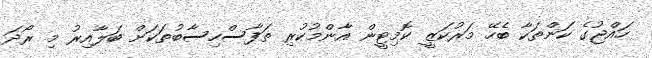
ހައްޖުގެ ކަންތަކާ ބެހޭ މަރުކަޒީ ކޮމިޓީން އާންމުކުރި ތަފާސްހިސާބުތަކަށް ބަލާއިރު މި ރޯދަ